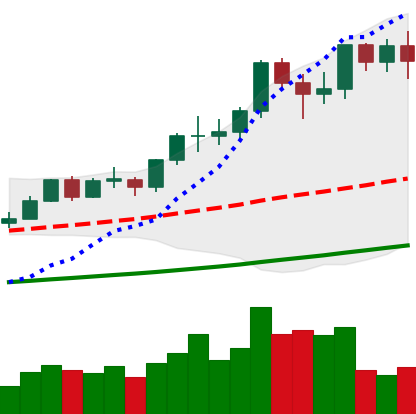
Ticker: LTC-USD
Chart end date: 2021-02-20
Forward return: -21.403%
Label: down_7plus